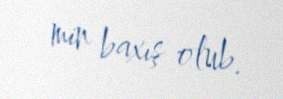
min baxış olub.